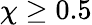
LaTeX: \chi\ge 0.5